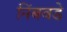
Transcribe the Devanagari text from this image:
निंबवडे